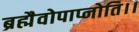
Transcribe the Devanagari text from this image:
ब्रह्मैवोपाप्नोति।।